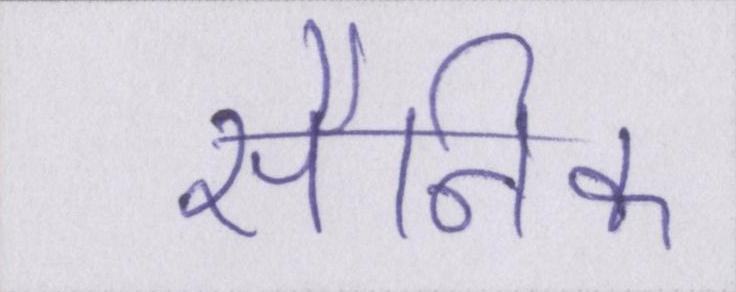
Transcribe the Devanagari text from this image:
सैनिक